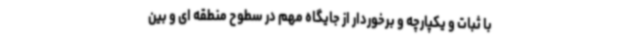
با ثبات و یکپارچه و برخوردار از جایگاه مهم در سطوح منطقه ای و بین